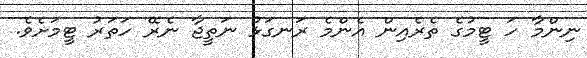
ނިންމާ ހަ ޓީމުގެ ތެރެއިން އެންމެ ރަނގަޅު ނަތީޖާ ނެރޭ ހަތަރު ޓީމަށެވެ.